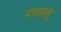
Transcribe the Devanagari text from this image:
मनसालू